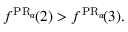
f ^ { \operatorname { P R } _ { \alpha } \! } ( 2 ) > f ^ { \operatorname { P R } _ { \alpha } \! } ( 3 ) .